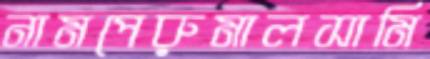
নামপেরুমালসামি